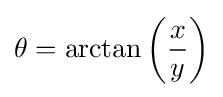
\theta =\arctan \left({\frac {x}{y}}\right)